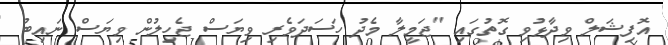
އޮފިޝަލް ވިދާޅުވި ގޮތުގައި "ޖަމީލާ މެދު ހަސަދަވެރި ވިޔަސް ޖެހިލުން ވިޔަސް ނައިބު